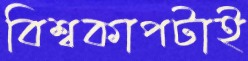
বিশ্বকাপটাই